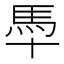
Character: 䭴